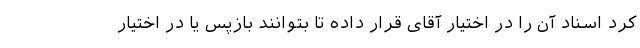
کرد اسناد آن را در اختیار آقای قرار داده تا بتوانند بازپس یا در اختیار